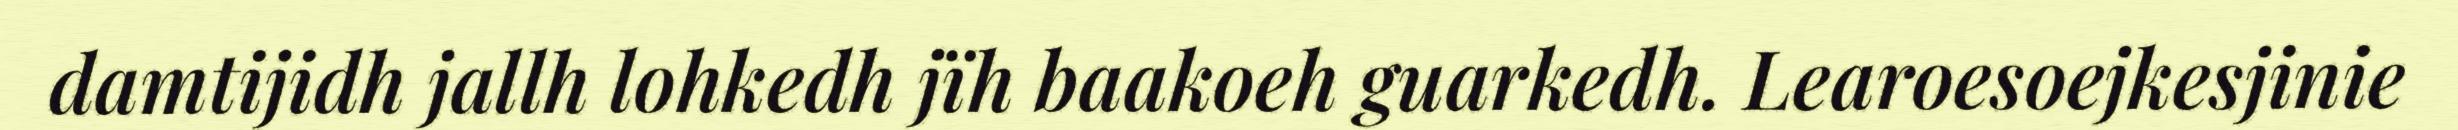
damtijidh jallh lohkedh jïh baakoeh guarkedh. Learoesoejkesjinie